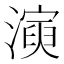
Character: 𤀋